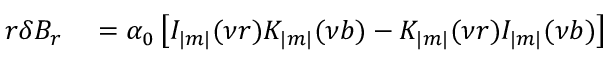
\begin{array} { r } { \begin{array} { r l } { r \delta B _ { r } } & { { } = \alpha _ { 0 } \left[ I _ { | m | } ( \nu r ) K _ { | m | } ( \nu b ) - K _ { | m | } ( \nu r ) I _ { | m | } ( \nu b ) \right] } \end{array} } \end{array}